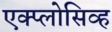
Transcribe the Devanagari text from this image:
एक्प्लोसिव्ह